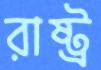
রাষ্ট্র